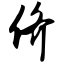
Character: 侪